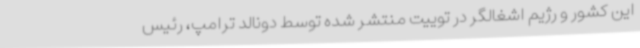
این کشور و رژیم اشغالگر در توییت منتشر شده توسط دونالد ترامپ، رئیس